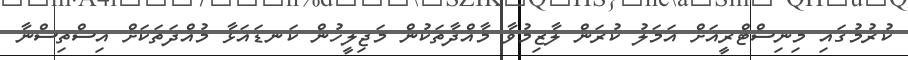
ކުރުމުގައި މިނިސްޓްރީއަށް އަމަލު ކުރަން ލާޒިމުވާ މާއްދާތަކުން މަޖިލީހުން ކަނޑައަޅާ މުއްދަތަކަށް އިސްތިސްނާ